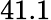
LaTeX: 41.1